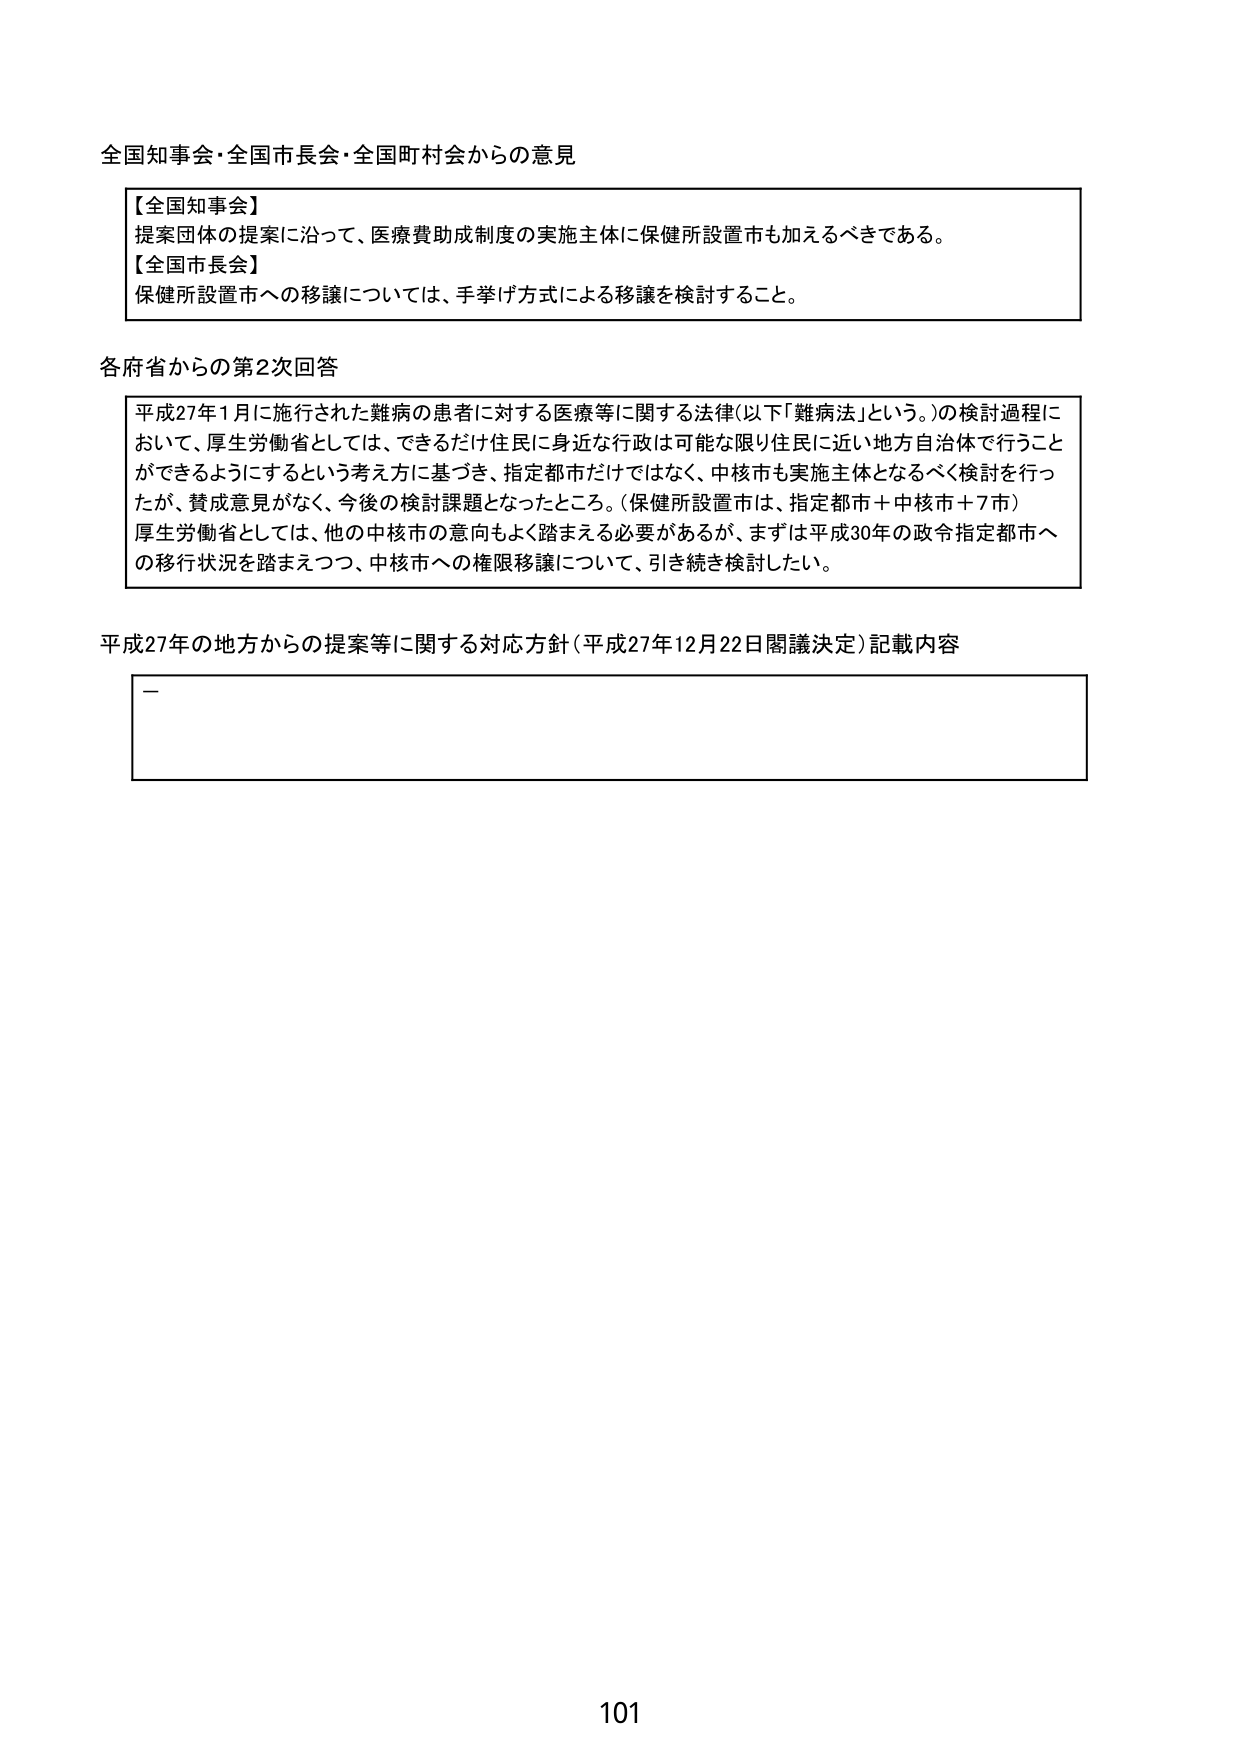
全国知事会・全国市長会・全国町村会からの意見

【全国知事会】
提案団体の提案に沿って、医療費助成制度の実施主体に保健所設置市も加えるべきである。

【全国市長会】
保健所設置市への移譲については、手挙げ方式による移譲を検討すること。

各府省からの第2次回答

平成27年1月に施行された難病の患者に対する医療等に関する法律（以下「難病法」という。）の検討過程において、厚生労働省としては、できるだけ住民に身近な行政は可能な限り住民に近い地方自治体で行うことができるようにするという考え方に基づき、指定都市だけではなく、中核市も実施主体となるべく検討を行ったが、賛成意見がなく、今後の検討課題となったところ。（保健所設置市は、指定都市＋中核市＋7市）
厚生労働省としては、他の中核市の意向もよく踏まえる必要があるが、まずは平成30年の政令指定都市への移行状況を踏まえつつ、中核市への権限移譲について、引き続き検討したい。

平成27年の地方からの提案等に関する対応方針（平成27年12月22日閣議決定）記載内容

—

101